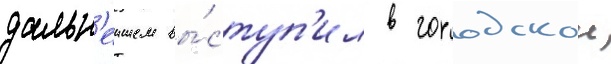
дальн'еишем вы́ступ'ил в городскои